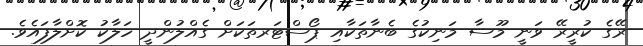
ރޭގެ ކުރީރޭ ވަނީ މޫސާ މަނިކުގެ ބެނާތަކާއި ޕޯސްޓަރތަކަށް ގެއްލުންދީ ހަލާކު ކޮށްލާފައެވެ.